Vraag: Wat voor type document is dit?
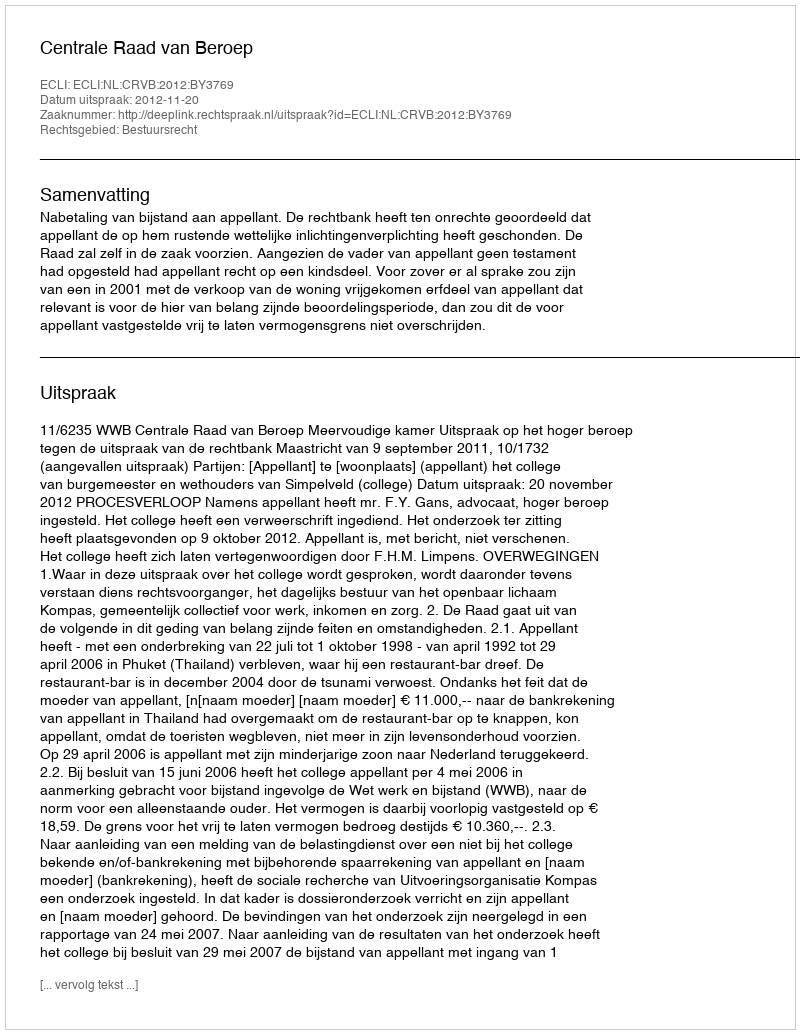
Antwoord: Uitspraak